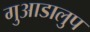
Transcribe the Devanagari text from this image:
गुआडालुप